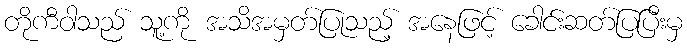
တိုကီဝါသည် သူ့ကို အသိအမှတ်ပြုသည့် အနေဖြင့် ခေါင်းဆတ်ပြပြီးမှ